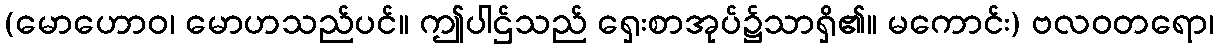
(မောဟောဝ၊ မောဟသည်ပင်။ ဤပါဌ်သည် ရှေးစာအုပ်၌သာရှိ၏။ မကောင်း) ဗလဝတရော၊